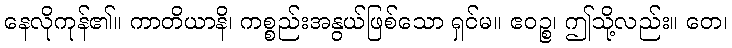
နေလိုကုန်၏။ ကာတိယာနိ၊ ကစ္စည်းအနွယ်ဖြစ်သော ရှင်မ။ ဧဝဉ္စ၊ ဤသို့လည်း။ တေ၊